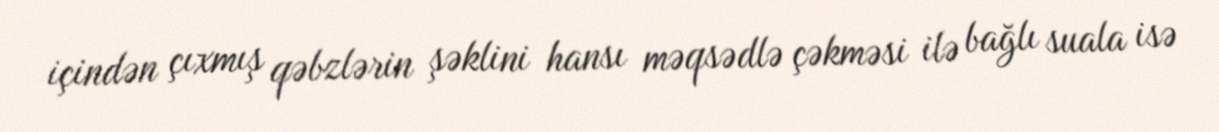
içindən çıxmış qəbzlərin şəklini hansı məqsədlə çəkməsi ilə bağlı suala isə